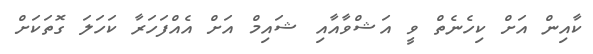
ކާއިން އަށް ކިހެނެތް ވީ އަޝްވާއާއި ޝައިމް އަށް އެއްފަހަރާ ކަހަލަ ގޮތަކަށް